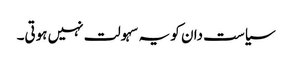
سیاست دان کو یہ سہولت نہیں ہوتی۔